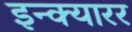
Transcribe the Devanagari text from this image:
इन्क्यारर